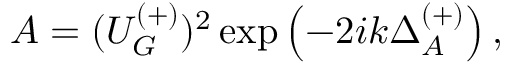
A = ( U _ { G } ^ { ( + ) } ) ^ { 2 } \exp \left( - 2 i k \Delta _ { A } ^ { ( + ) } \right) ,